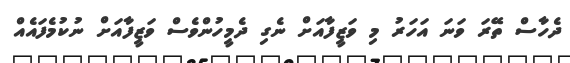
ދެހާސް ތޭރަ ވަނަ އަހަރު މި ވަޒީފާއަށް ނެގި ދެމީހުންވެސް ވަޒީފާއަށް ނުކުމެފައެއް